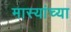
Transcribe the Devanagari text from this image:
मास्यांच्या